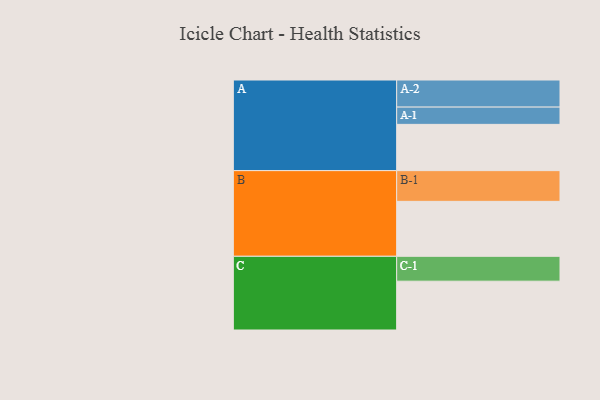
{"axis": {"x": "Segment", "y": "Value"}, "legend": ["", "A", "B", "C"], "data": [{"x": "A", "y": 437, "type": ""}, {"x": "B", "y": 519, "type": ""}, {"x": "C", "y": 461, "type": ""}, {"x": "A-1", "y": 163, "type": "A"}, {"x": "A-2", "y": 256, "type": "A"}, {"x": "B-1", "y": 290, "type": "B"}, {"x": "C-1", "y": 235, "type": "C"}]}